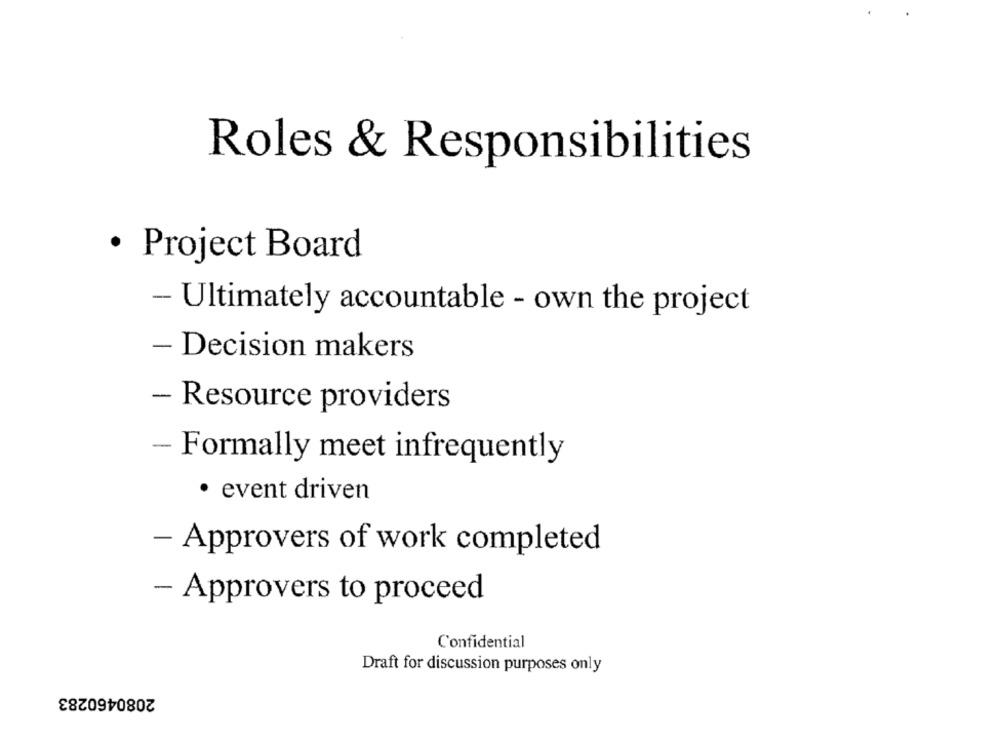
Roles & Responsibilities
· Project Board
- Ultimately accountable - own the project
- Decision makers
- Resource providers
- Formally meet infrequently
· event driven
- Approvers of work completed
- Approvers to proceed
Confidential
Draft for discussion purposes only
2080460283